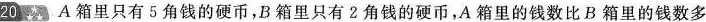
20 A箱里只有5角钱的硬币，B箱里只有2角钱的硬币，A箱里的钱数比B箱里的钱数多